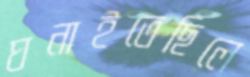
ঘনাইতেছিলে